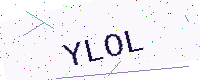
Text: YLOL